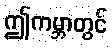
ဤကမ္ဘာတွင်